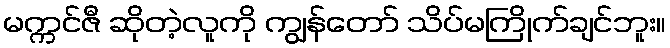
မက္ကင်ဇီ ဆိုတဲ့လူကို ကျွန်တော် သိပ်မကြိုက်ချင်ဘူး။